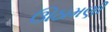
ઊઠામણી